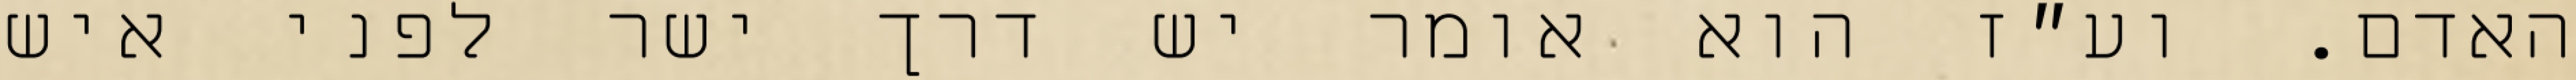
האדם. וע״ז הוא אומר יש דרך ישר לפני איש